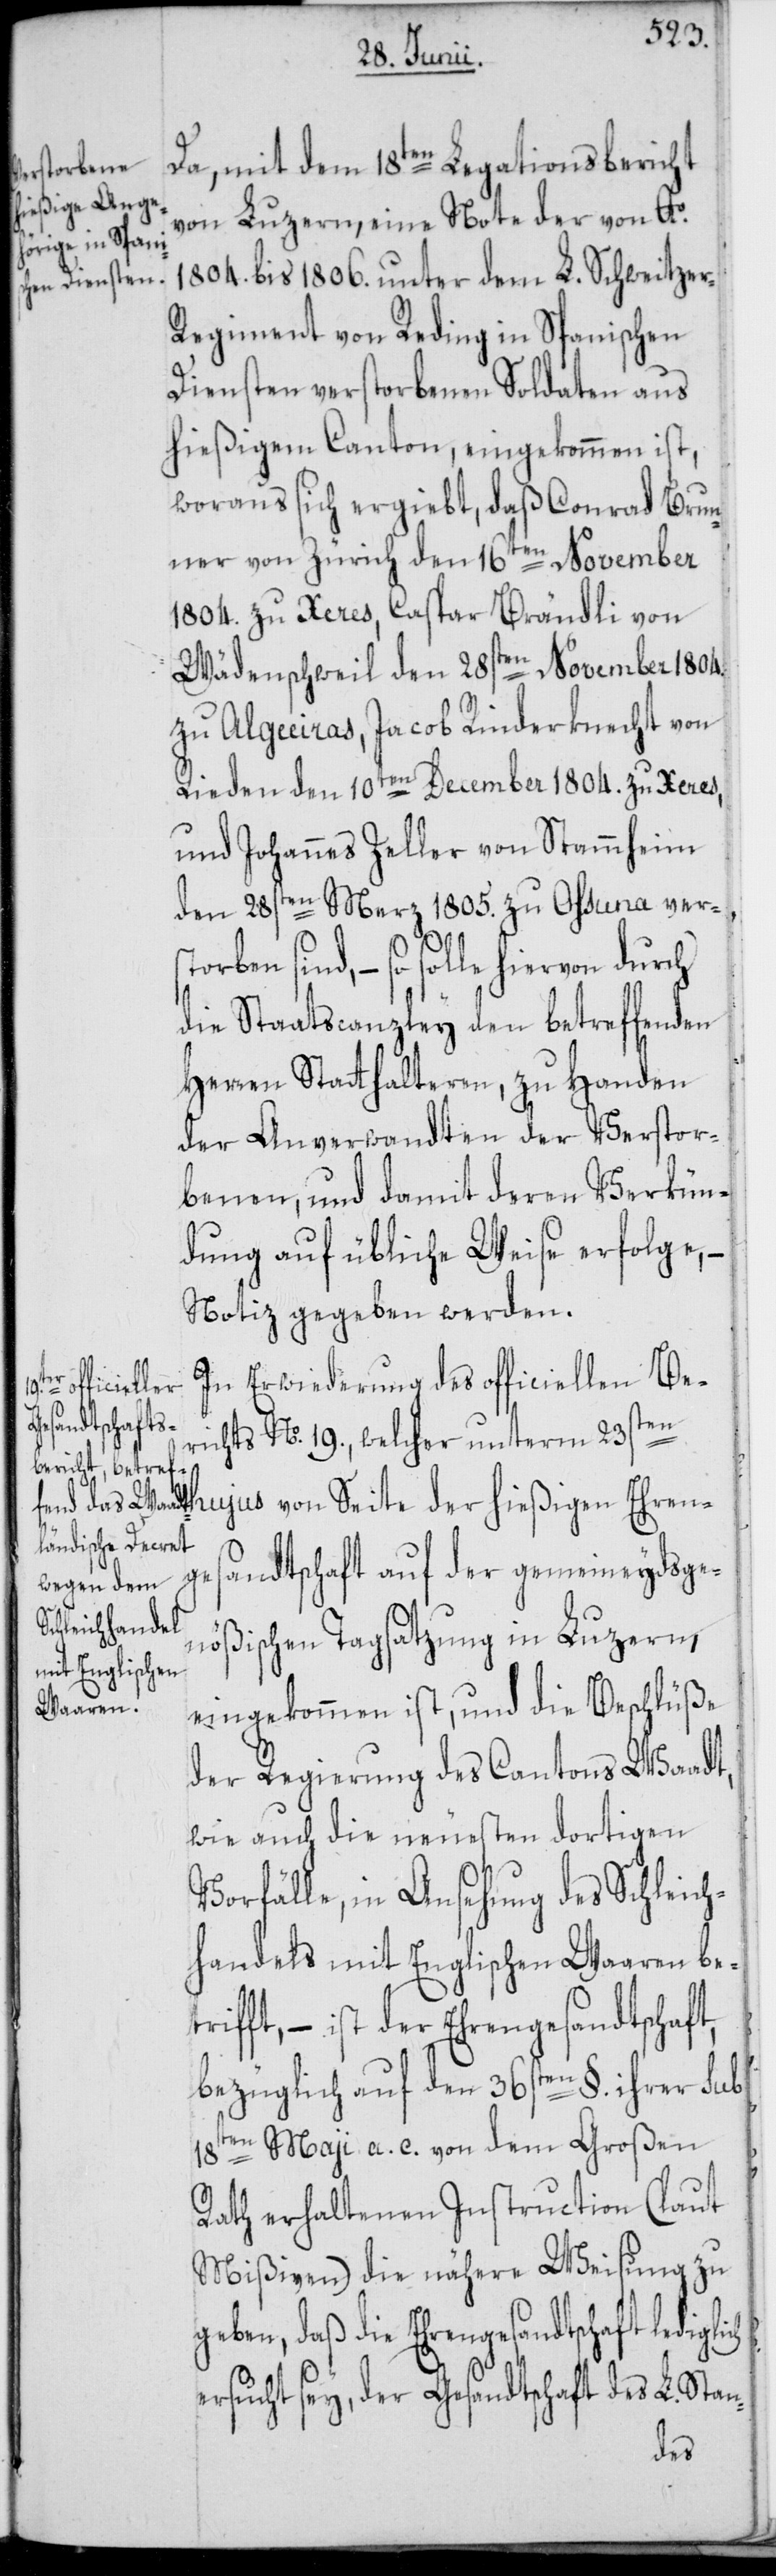
Da, mit dem 18ten Legationsbericht
storben
von Luzern, eine Note der von Ao.
1804. bis 1806. unter dem L. Schweitze¬
r-Regiment von Reding in Spanischen
Diensten verstorbenen Soldaten aus
hießigem Canton, eingekommen ist,
woraus sich ergiebt, daß Conrad Brun¬
ner von Zürich den 16ten November
1804. zu Xeres, Caspar Brändli von
Wädenschweil den 28sten November 1804.
zu Alguiras, Jacob Rinderknecht von
Rieden den 10ten December 1804. zu Xeres,
und Johannes Zeller von Stammheim
den 28sten Merz 1805. zu Ossuna ver¬
ind, – so solle hiervon durch
die Staatscanzley den betreffenden
Herren Statthalteren, zu Handen
der Anverwandten der Verstor¬
benen, und damit deren Verkün¬
dung auf übliche Weise erfolge,
Notiz gegeben werden.
In Erwiederung des officiellen Be¬
richts No. 19., welcher unterm 23sten
hujus von Seite der hießigen Ehren¬
andtschaft auf der gemeineydsge¬
ges¬
nößischen Tagsatzung in Luzern,
eingekommen ist, und die Beschlüße
der Regierung des Cantons Waadt,
wie auch die neuesten dortigen
Vorfälle, in Ansehung des Schleich¬
handels mit Englischen Waaren betr¬
fft, – ist der Ehrengesandtschaft,
bezüglich auf den 36sten §. ihrer sub
i¬
18ten Maji a. c. von dem Großen
Rath erhaltenen Instruction (laut
Mißiven) die nähere Weisung zu
geben, daß die Ehrengesandtschaft
ersucht sey, der Gesandtschaft des L. Stan-